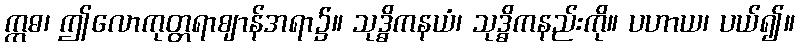
ဣဓ၊ ဤလောကုတ္တရာဈာန်အရာ၌။ သုဒ္ဓိကနယံ၊ သုဒ္ဓိကနည်းကို။ ပဟာယ၊ ပယ်၍။